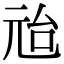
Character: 兘